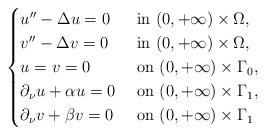
LaTeX: \begin{align*}\begin{cases}u''-\Delta u =0 &\hbox{ in } (0, +\infty)\times \Omega,\\v''-\Delta v=0 & \hbox{ in } (0, +\infty)\times \Omega,\\u=v=0 &\hbox{ on } (0, +\infty)\times \Gamma_0,\\\partial_\nu u +\alpha u=0 &\hbox{ on } (0, +\infty)\times \Gamma_1,\\ \partial_\nu v +\beta v=0 &\hbox{ on } (0, +\infty)\times \Gamma_1\end{cases}\end{align*}